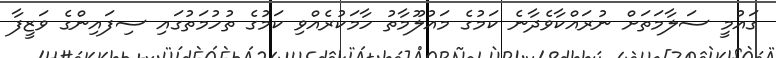
ގައުމީ ސަލާމަތަށް ނުރައްކާވެދާނެ ކަމުގެ މައުލޫމާތު ހާމަކުރެއްވި ކަމުގެ ތުހުމަތުގައި ސިފައިންގެ ވަޒީފާ